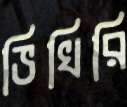
ভিখিরি